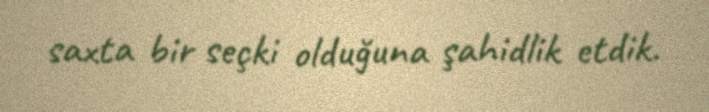
saxta bir seçki olduğuna şahidlik etdik.